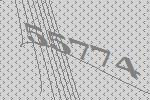
55774